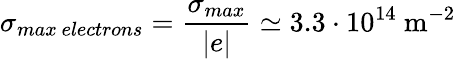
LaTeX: \sigma_{max~electrons}=\frac{\sigma_{max}}{|e|}\simeq 3.3\cdot 10^{14}~\mathrm{m^{-2}}